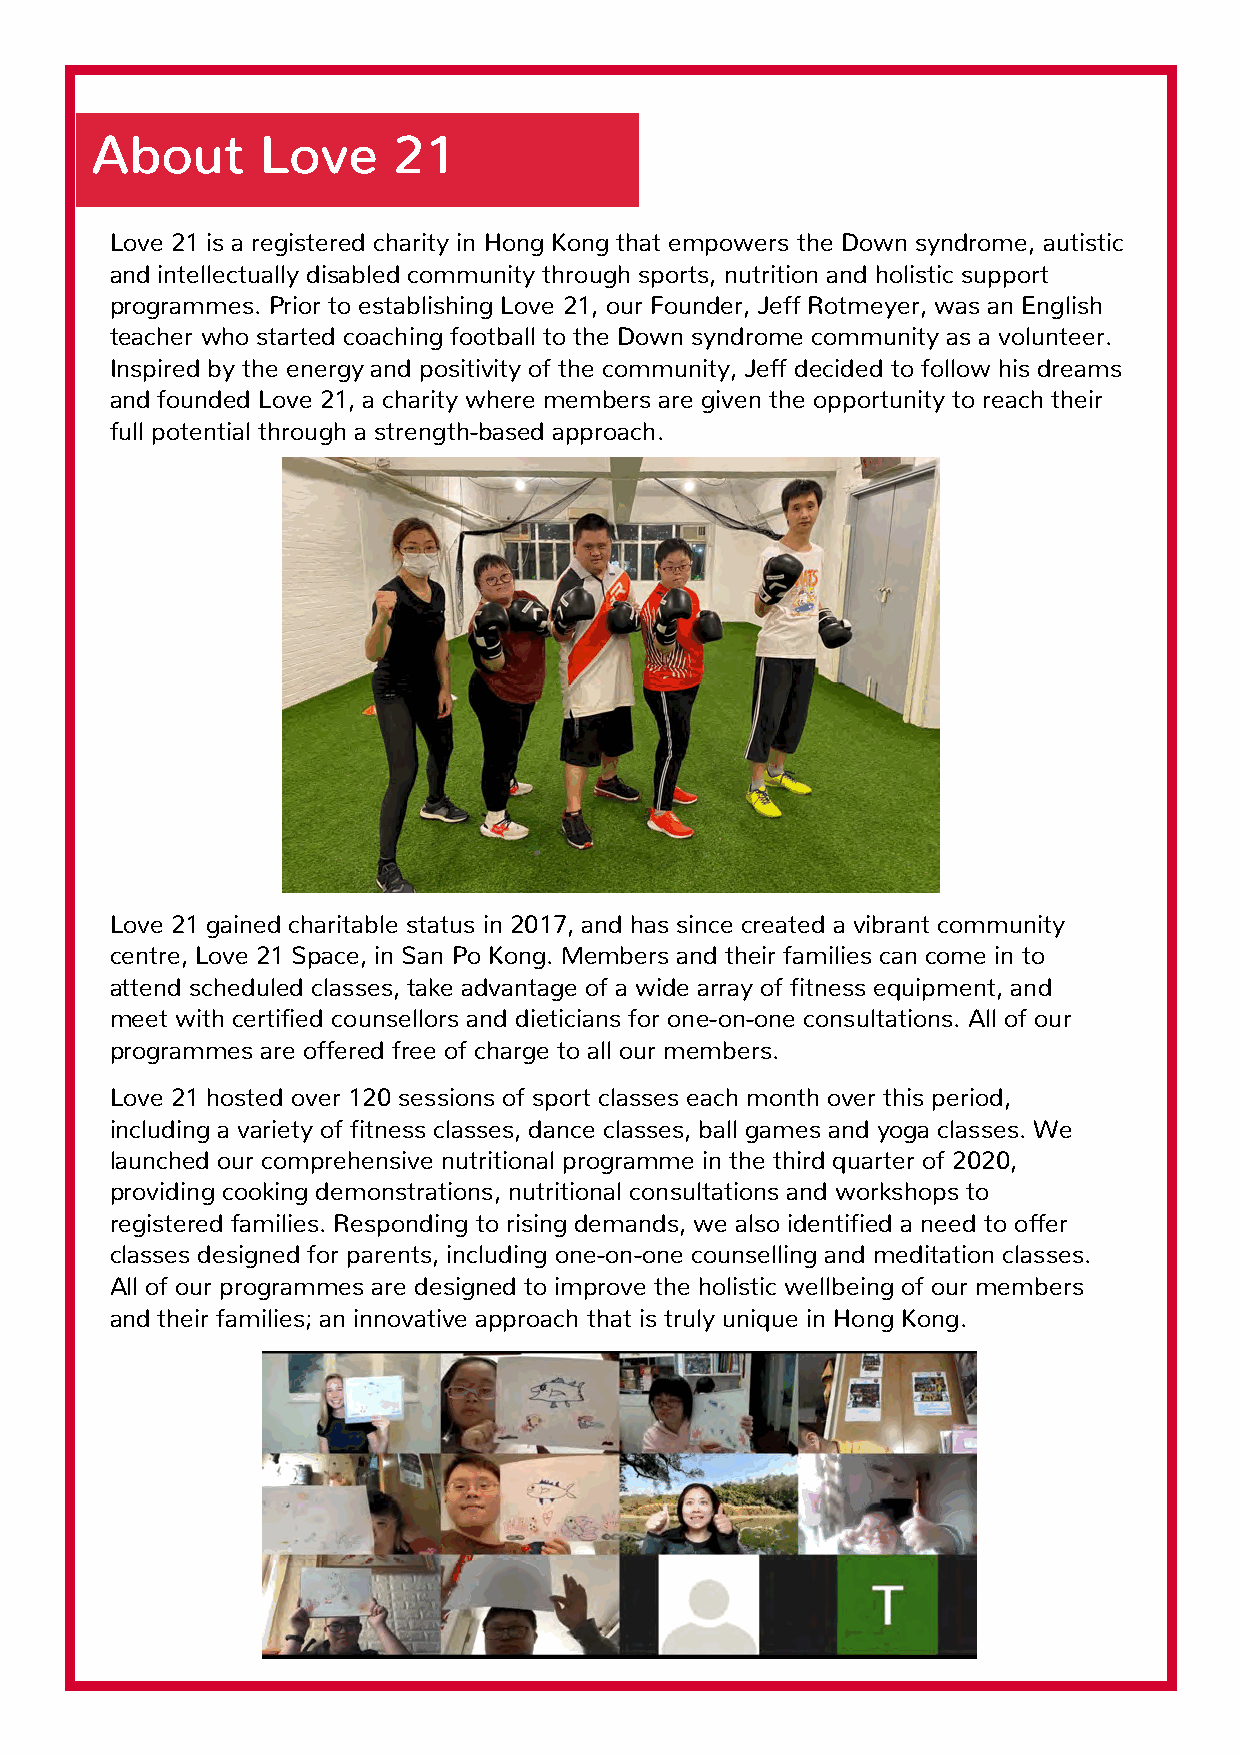
About      Love     21
 Love 21 is a registered charity in Hong Kong that empowers the Down syndrome, autistic
 and intellectually disabled community through sports, nutrition and holistic support
 programmes. Prior to establishing Love 21, our Founder, Jeff Rotmeyer, was an English
 teacher who started coaching football to the Down syndrome community as a volunteer.
 Inspired by the energy and positivity of the community, Jeff decided to follow his dreams
 and founded Love 21, a charity where members are given the opportunity to reach their
 full potential through a strength-based approach.
 Love 21 gained charitable status in 2017, and has since created a vibrant community
 centre, Love 21 Space, in San Po Kong. Members and their families can come in to
 attend scheduled classes, take advantage of a wide array of fitness equipment, and
 meet with certified counsellors and dieticians for one-on-one consultations. All of our
 programmes are offered free of charge to all our members.
 Love 21 hosted over 120 sessions of sport classes each month over this period,
 including a variety of fitness classes, dance classes, ball games and yoga classes. We
 launched our comprehensive nutritional programme in the third quarter of 2020,
 providing cooking demonstrations, nutritional consultations and workshops to
 registered families. Responding to rising demands, we also identified a need to offer
 classes designed for parents, including one-on-one counselling and meditation classes.
 All of our programmes are designed to improve the holistic wellbeing of our members
 and their families; an innovative approach that is truly unique in Hong Kong.